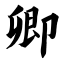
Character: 卿